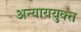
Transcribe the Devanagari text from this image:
अन्याययुक्त